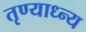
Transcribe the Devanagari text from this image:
तृण्याध्न्य